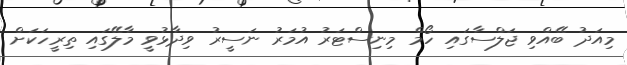
މިއަދު ބޭއްވި ޖަލްސާގައި ހޯމް މިނިސްޓަރު އުމަރު ނަސީރު ވިދާޅުވީ މާލޭގައި ތިރީހަކަށް